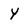
Character: Y